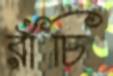
রাঁচি